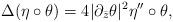
LaTeX: \begin{align*}\Delta(\eta\circ \theta) =4|\partial_{\bar{z}}\theta|^2 \eta''\circ \theta, \end{align*}